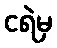
ငရဲမှ